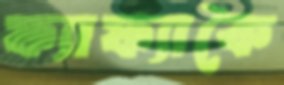
ফ্যাফ্যাকৈ